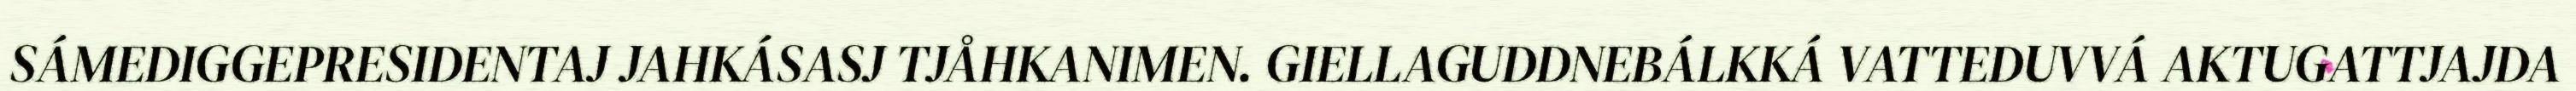
SÁMEDIGGEPRESIDENTAJ JAHKÁSASJ TJÅHKANIMEN. GIELLAGUDDNEBÁLKKÁ VATTEDUVVÁ AKTUGATTJAJDA